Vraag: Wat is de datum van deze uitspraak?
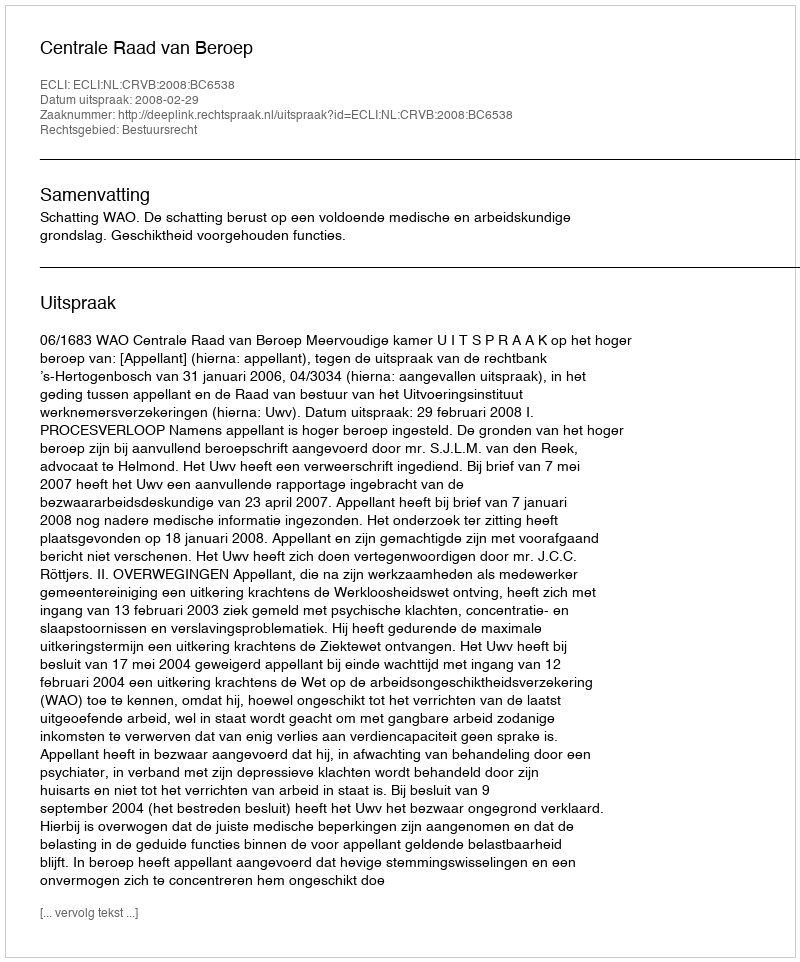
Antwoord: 2008-02-29